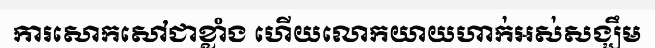
ការសោកសៅជាខ្លាំង ហើយលោកយាយហាក់អស់សង្ឃឹម